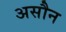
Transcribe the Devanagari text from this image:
असौन